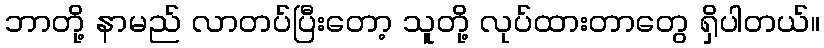
ဘာတို့ နာမည် လာတပ်ပြီးတော့ သူတို့ လုပ်ထားတာတွေ ရှိပါတယ်။